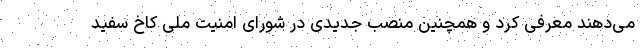
می‌دهند معرفی کرد و همچنین منصب جدیدی در شورای امنیت ملی کاخ سفید